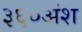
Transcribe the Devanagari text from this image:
३६०अंश